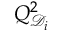
Q _ { \mathcal { D } _ { i } } ^ { 2 }